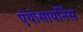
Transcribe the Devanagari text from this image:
एंथोसायनिंस